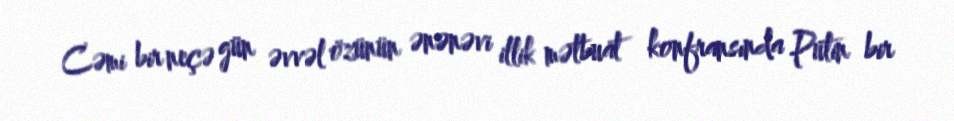
Cəmi bir neçə gün əvvəl özünün ənənəvi illik mətbuat konfransında Putin bir